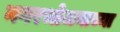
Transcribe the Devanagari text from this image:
नगरभोजनाच्या